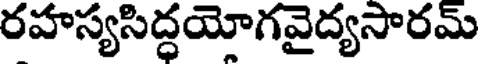
రహస్యసిద్ధయోగవైద్యసారమ్